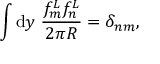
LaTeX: \int { \mathrm { d } } y \; \frac { f _ { m } ^ { L } f _ { n } ^ { L } } { 2 \pi R } = \delta _ { n m } ,